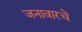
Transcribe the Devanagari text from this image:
जनावारचे